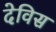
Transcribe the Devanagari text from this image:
देविस